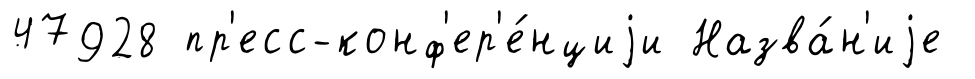
47928 пр'есс-конф'ер'е́нциjи Назва́н'иjе